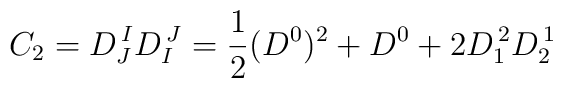
C_2 = D^{\,I}_J D^{\,J}_I = {1\over 2}(D^0)^2 + D^0 + 2D^{\,2}_1 D^{\,1}_2